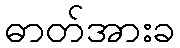
ဓာတ်အားခ